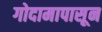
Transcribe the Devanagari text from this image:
गोदामापासून